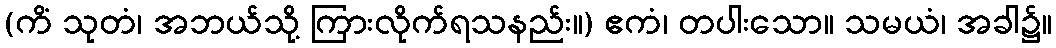
(ကိံ သုတံ၊ အဘယ်သို့ ကြားလိုက်ရသနည်း။) ဧကံ၊ တပါးသော။ သမယံ၊ အခါ၌။